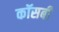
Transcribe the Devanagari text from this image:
कॉसबी